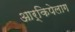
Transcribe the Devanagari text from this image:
आर्किपेलाग